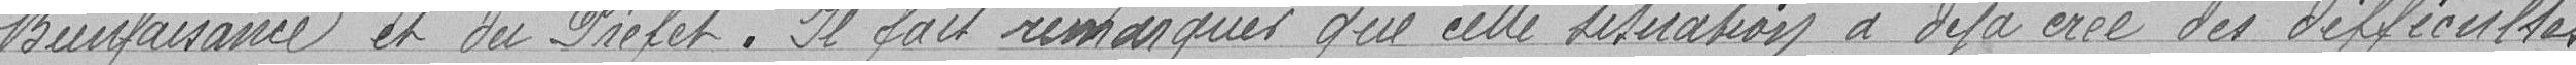
Bienfaisance et du Préfet. Il fait remarquer que cette situation a déjà crée des difficultés